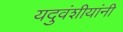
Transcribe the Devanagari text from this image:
यदुवंशीयांनी